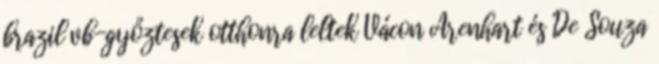
brazil vb-győztesek otthonra leltek Vácon Arenhart és De Souza